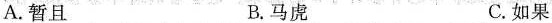
A.暂且 B.马虎 C.如果